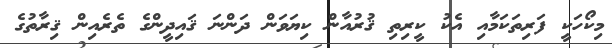
މިކޯހަކީ ފަރިތަކަމާއި އެކު ކީރިތި ޤުރުއާން ކިޔަވަން ދަންނަ ޤައިދީންގެ ތެރެއިން ޤިރާތުގެ